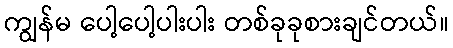
ကျွန်မ ပေါ့ပေါ့ပါးပါး တစ်ခုခုစားချင်တယ်။